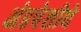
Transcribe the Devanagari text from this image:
अंडपेशीचे